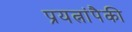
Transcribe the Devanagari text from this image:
प्रयत्नांपैकी